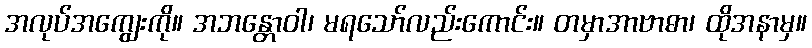
အလုပ်အကျွေးကို။ အဘန္တောဝါ၊ မရသော်လည်းကောင်း။ တမှာအာဗာဓာ၊ ထိုအနာမှ။